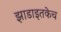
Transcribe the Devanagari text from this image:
झाडाइतकेच